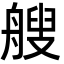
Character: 艘